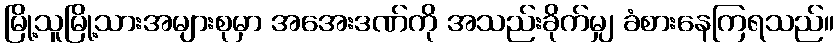
မြို့သူမြို့သားအများစုမှာ အအေးဒဏ်ကို အသည်းခိုက်မျှ ခံစားနေကြရသည်။